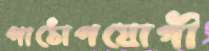
পাঠোপযোগী